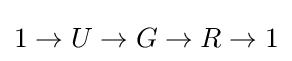
1\to U\to G\to R\to 1